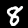
Label: 8